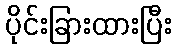
ပိုင်းခြားထားပြီး